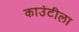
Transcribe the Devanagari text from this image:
काउंटीला